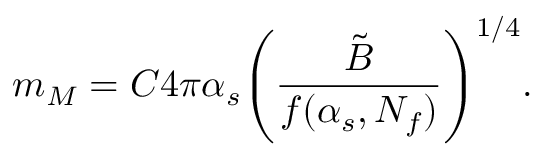
m _ { M } = C 4 \pi \alpha _ { s } \Biggl ( { \frac { \tilde { B } } { f ( \alpha _ { s } , N _ { f } ) } } \Biggr ) ^ { 1 / 4 } .